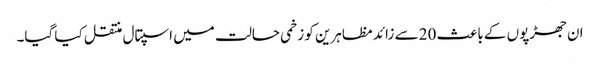
ان جھڑپوں کے باعث 20 سے زائد مظاہرین کو زخمی حالت میں اسپتال منتقل کیا گیا۔